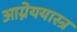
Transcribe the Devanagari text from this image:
आग्नेययास्त्र